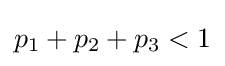
p_{1}+p_{2}+p_{3}<1